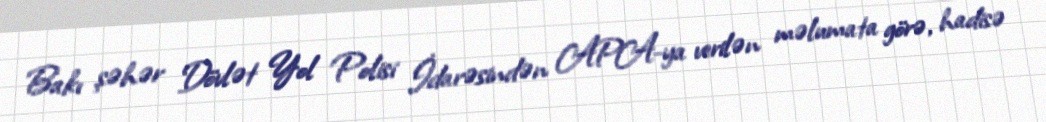
Bakı şəhər Dövlət Yol Polisi İdarəsindən APA-ya verilən məlumata görə, hadisə